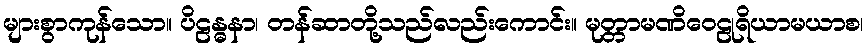
များစွာကုန်သော။ ပိဠန္ဓနာ၊ တန်ဆာတို့သည်လည်းကောင်း။ မုတ္တာမဏိဝေဠုရိယာမယာစ၊